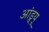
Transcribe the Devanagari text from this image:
आंड्र्यू